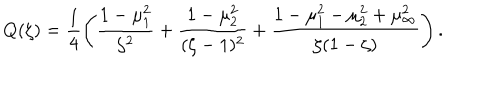
LaTeX: Q ( \zeta ) = \frac { 1 } { 4 } \left( \frac { 1 - \mu _ { 1 } ^ { 2 } } { \zeta ^ { 2 } } + \frac { 1 - \mu _ { 2 } ^ { 2 } } { ( \zeta - 1 ) ^ { 2 } } + \frac { 1 - \mu _ { 1 } ^ { 2 } - \mu _ { 2 } ^ { 2 } + \mu _ { \infty } ^ { 2 } } { \zeta ( 1 - \zeta ) } \right) .